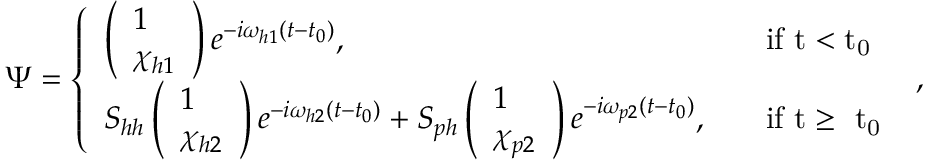
\begin{array} { r } { \Psi = \left\{ \begin{array} { l l } { \left( \begin{array} { l } { 1 } \\ { \chi _ { h 1 } } \end{array} \right) e ^ { - i \omega _ { h 1 } ( t - t _ { 0 } ) } , } & { \quad \mathrm { i f ~ t < t _ 0 ~ } } \\ { S _ { h h } \left( \begin{array} { l } { 1 } \\ { \chi _ { h 2 } } \end{array} \right) e ^ { - i \omega _ { h 2 } ( t - t _ { 0 } ) } + S _ { p h } \left( \begin{array} { l } { 1 } \\ { \chi _ { p 2 } } \end{array} \right) e ^ { - i \omega _ { p 2 } ( t - t _ { 0 } ) } , } & { \quad \mathrm { i f ~ t \ge ~ t _ 0 ~ } } \end{array} \right. , } \end{array}